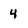
Character: 4